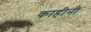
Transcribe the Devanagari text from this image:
काहीनी